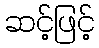
ဆင့်ဖြင့်